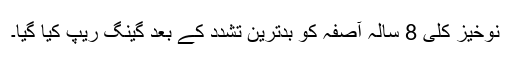
نوخیز کلی 8 سالہ آصفہ کو بدترین تشدد کے بعد گینگ ریپ کیا گیا۔